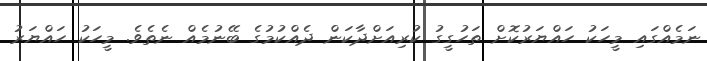
ނަމެއްގައި މީހަކު ހައްޔަރުކޮށް ތަހުގީގު ކުރިއަށްދާކަން ދެއްކުމުގެ ބޭނުމެއް ނެތެވެ. މީހަކު ހައްޔަރު